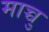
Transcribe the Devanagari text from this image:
माच्चु